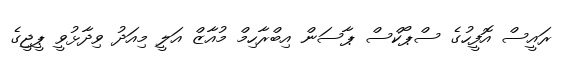
ރައީސް އޮފީހުގެ ސްޕޯކްސް ޕާސަން އިބްރާހިމް މުއާޒް އަލީ މިއަދު ވިދާޅުވީ ޕީޖީގެ